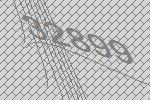
32899